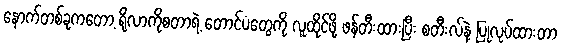
နောက်တစ်ခုကတော့ ရိုလာကိုစတာရဲ့ တောင်ပံတွေကို လူထိုင်ဖို့ ဖန်တီးထားပြီး စတီးလ်နဲ့ ပြုလုပ်ထားတာ